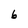
Character: 6